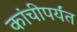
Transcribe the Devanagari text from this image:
कांचीपर्यंत